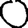
Digit: 0